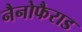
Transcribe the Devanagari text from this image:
नैनोफैराड